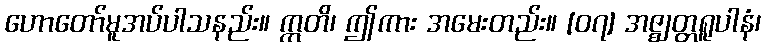
ဟောတော်မူအပ်ပါသနည်း။ ဣတိ၊ ဤကား အမေးတည်း။ [၀၇] အဇ္ဈတ္တရူပါနံ၊